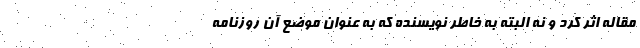
مقاله اثر کرد و نه البته به خاطر نویسنده که به عنوان موضع آن روزنامه